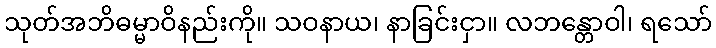
သုတ်အဘိဓမ္မာဝိနည်းကို။ သဝနာယ၊ နာခြင်းငှာ။ လဘန္တောဝါ၊ ရသော်